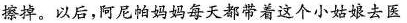
擦掉。以后，阿尼帕妈妈每天都带着这个小姑娘去医